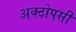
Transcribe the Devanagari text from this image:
अक्टोपसी